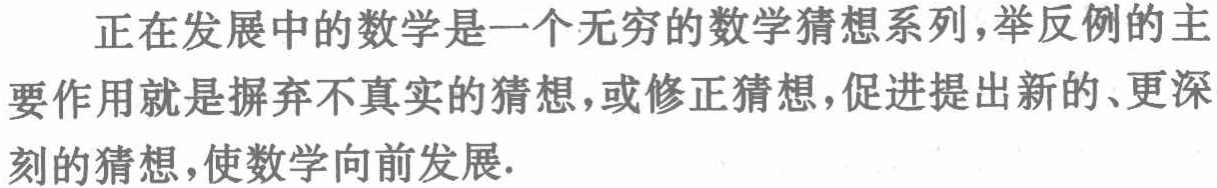
正在发展中的数学是一个无穷的数学猜想系列,举反例的主要作用就是摒弃不真实的猜想,或修正猜想,促进提出新的、更深刻的猜想,使数学向前发展.